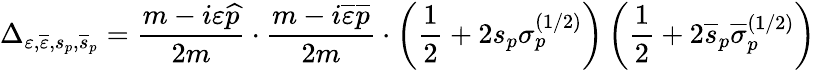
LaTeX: \Delta_{\varepsilon,\overline{{{\varepsilon}}},s_{p},\overline{{{s}}}_{p}}=\frac{m-i\varepsilon\widehat{p}}{2m}\cdot\frac{m-i\overline{{{\varepsilon}}}\overline{{{p}}}}{2m}\cdot\left(\frac 12+2s_{p}\sigma_{p}^{(1/2)}\right)\left(\frac 12+2\overline{{{s}}}_{p}\overline{{{\sigma}}}_{p}^{(1/2)}\right)